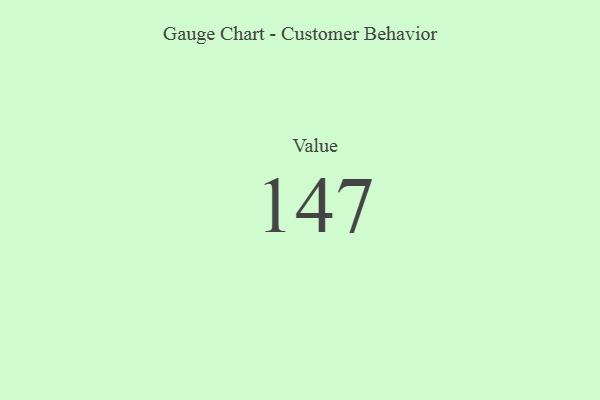
{"axis": {"x": "Metric", "y": "Value"}, "legend": [""], "data": [{"x": "Value", "y": 147, "type": ""}]}